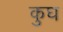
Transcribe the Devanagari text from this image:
कुघ